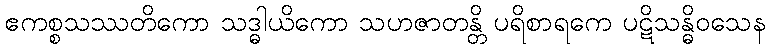
ဧကစ္စသဿတိကော သဒ္ဓါယိကော သဟဇာတန္တိ ပရိစာရကေ ပဋိသန္ဓိဝသေန